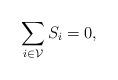
LaTeX: \begin{align*} \sum_{i\in \mathcal{V}} S_i = 0,\end{align*}